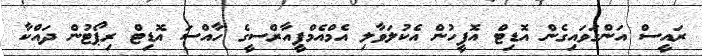
ރައީސް އަންގަވައިގެން އޮޑިޓް އޮފީހުން އެކުލަވާލި އެމްއެމްޕީއާރްސީގެ ހާއްސަ އޮޑިޓް ރިޕޯޓުން ދައްކާ